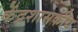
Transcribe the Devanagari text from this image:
केंद्रशासकीय